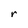
Character: r